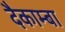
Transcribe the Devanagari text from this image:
दैकाम्बा